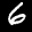
Label: 6